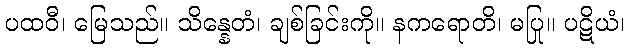
ပထဝီ၊ မြေသည်။ သိန္နေတံ၊ ချစ်ခြင်းကို။ နကရောတိ၊ မပြု။ ပဋိယံ၊